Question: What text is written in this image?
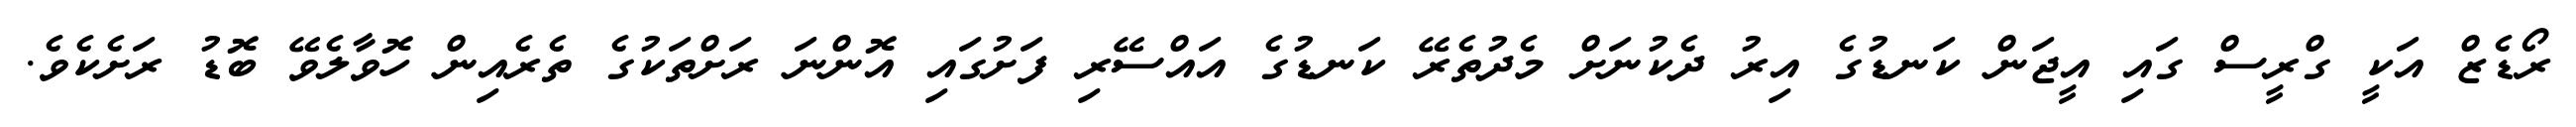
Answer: ރޯޑެޒް އަކީ ގްރީސް ގައި އީޖަން ކަނޑުގެ އިރު ދެކުނަށް މެދުތެރޭ ކަނޑުގެ އައްސޭރި ފަށުގައި އޮންނަ ރަށްތަކުގެ ތެރެއިން ހޮވާލެވޭ ބޮޑު ރަށެކެވެ.